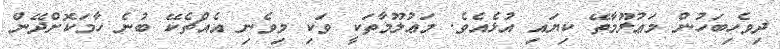
ދިވެހިބަހުން މަޢުލޫމާތޭ ކިޔައި އުޅެއެވެ. މަޢުލޫމާތަކީ ވަކި މިވެނި އެއްޗެކޭ ބުނެ ހާމަކޮށްދޭން